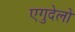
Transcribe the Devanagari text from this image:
एगुदेलो